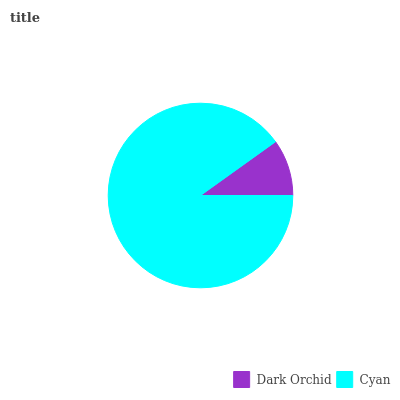
| Dark Orchid | Cyan |
 | --- | --- |
 | 9.9% | 90.1% |